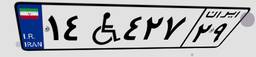
۵۹W۳۷۵۹۴